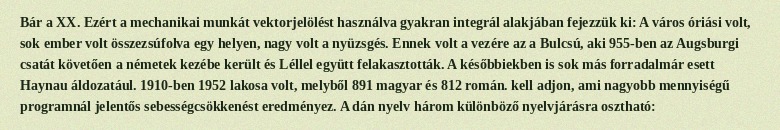
Bár a XX. Ezért a mechanikai munkát vektorjelölést használva gyakran integrál alakjában fejezzük ki: A város óriási volt, sok ember volt összezsúfolva egy helyen, nagy volt a nyüzsgés. Ennek volt a vezére az a Bulcsú, aki 955-ben az Augsburgi csatát követően a németek kezébe került és Léllel együtt felakasztották. A későbbiekben is sok más forradalmár esett Haynau áldozatául. 1910-ben 1952 lakosa volt, melyből 891 magyar és 812 román. kell adjon, ami nagyobb mennyiségű programnál jelentős sebességcsökkenést eredményez. A dán nyelv három különböző nyelvjárásra osztható: